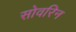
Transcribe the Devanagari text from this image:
सोवरिन